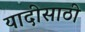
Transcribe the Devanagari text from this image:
यादीसाठी